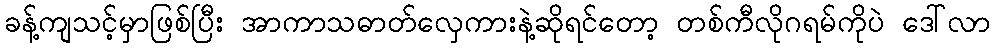
ခန့်ကျသင့်မှာဖြစ်ပြီး အာကာသဓာတ်လှေကားနဲ့ဆိုရင်တော့ တစ်ကီလိုဂရမ်ကိုပဲ ဒေါ်လာ